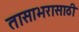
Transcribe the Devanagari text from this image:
तासाभरासाठी